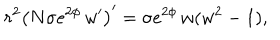
LaTeX: r ^ { 2 } \left( N \sigma e ^ { 2 \phi } \, w ^ { \prime } \right) ^ { \prime } = \sigma e ^ { 2 \phi } \, w ( w ^ { 2 } - 1 ) ,